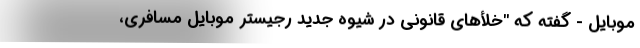
موبایل - گفته که "خلأهای قانونی در شیوه جدید رجیستر موبایل مسافری،